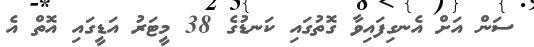
ސަން އަށް އެނގިފައިވާ ގޮތުގައި ކަނޑުގެ 38 މީޓަރު އަޑީގައި އޮތް އެ